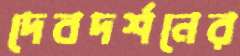
দেবদর্শনের